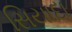
સિયાદા